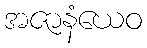
အဇာနံယေဝ